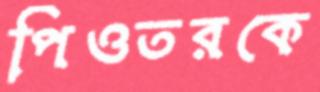
পিওতরকে